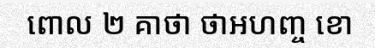
ពោល ២ គាថា ថាអហញ្ច ខោ